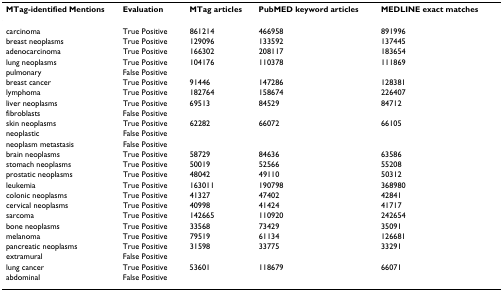
| MTag-identified Mentions | Evaluation | MTag articles | PubMED keyword articles | MEDLINE exact matches |
 | --- | --- | --- | --- | --- |
 | carcinoma | True Positive | 861214 | 466958 | 891996 |
 | breast neoplasms | True Positive | 129096 | 133592 | 137445 |
 | adenocarcinoma | True Positive | 166302 | 208117 | 183654 |
 | lung neoplasms | True Positive | 104176 | 110378 | 111869 |
 | pulmonary | False Positive |  |  |  |
 | breast cancer | True Positive | 91446 | 147286 | 128381 |
 | lymphoma | True Positive | 182764 | 158674 | 226407 |
 | liver neoplasms | True Positive | 69513 | 84529 | 84712 |
 | fibroblasts | False Positive |  |  |  |
 | skin neoplasms | True Positive | 62282 | 66072 | 66105 |
 | neoplastic | False Positive |  |  |  |
 | neoplasm metastasis | False Positive |  |  |  |
 | brain neoplasms | True Positive | 58729 | 84636 | 63586 |
 | stomach neoplasms | True Positive | 50019 | 52566 | 55208 |
 | prostatic neoplasms | True Positive | 48042 | 49110 | 50312 |
 | leukemia | True Positive | 163011 | 190798 | 368980 |
 | colonic neoplasms | True Positive | 41327 | 47402 | 42841 |
 | cervical neoplasms | True Positive | 40998 | 41424 | 41717 |
 | sarcoma | True Positive | 142665 | 110920 | 242654 |
 | bone neoplasms | True Positive | 33568 | 73429 | 35091 |
 | melanoma | True Positive | 79519 | 61134 | 126681 |
 | pancreatic neoplasms | True Positive | 31598 | 33775 | 33291 |
 | extramural | False Positive |  |  |  |
 | lung cancer | True Positive | 53601 | 118679 | 66071 |
 | abdominal | False Positive |  |  |  |